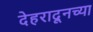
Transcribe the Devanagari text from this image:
देहरादूनच्या